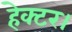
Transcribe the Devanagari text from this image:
हेक्‍टर।